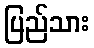
ပြည်သား